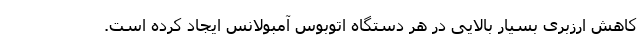
کاهش ارزبری بسیار بالایی در هر دستگاه اتوبوس آمبولانس ایجاد کرده است.